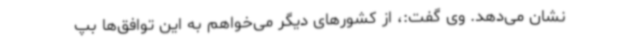
نشان می‌دهد. وی گفت:، از کشورهای دیگر می‌خواهم به این توافق‌ها بپ